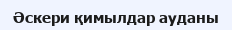
Әскери қимылдар ауданы